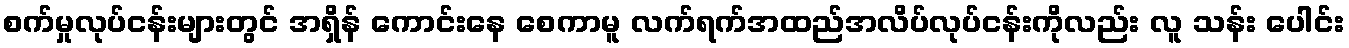
စက်မှုလုပ်ငန်းများတွင် အရှိန် ကောင်းနေ စေကာမူ လက်ရက်အထည်အလိပ်လုပ်ငန်းကိုလည်း လူ သန်း ပေါင်း